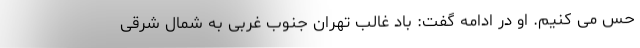
حس می کنیم. او در ادامه گفت: باد غالب تهران جنوب غربی به شمال شرقی